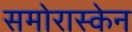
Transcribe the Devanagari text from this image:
समोरास्केन